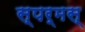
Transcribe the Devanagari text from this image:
स्पर्मस्‌